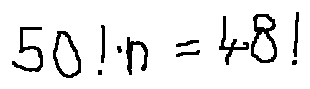
5 0 ! \cdot n = 4 8 !